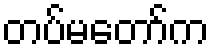
တပ်မတော်က